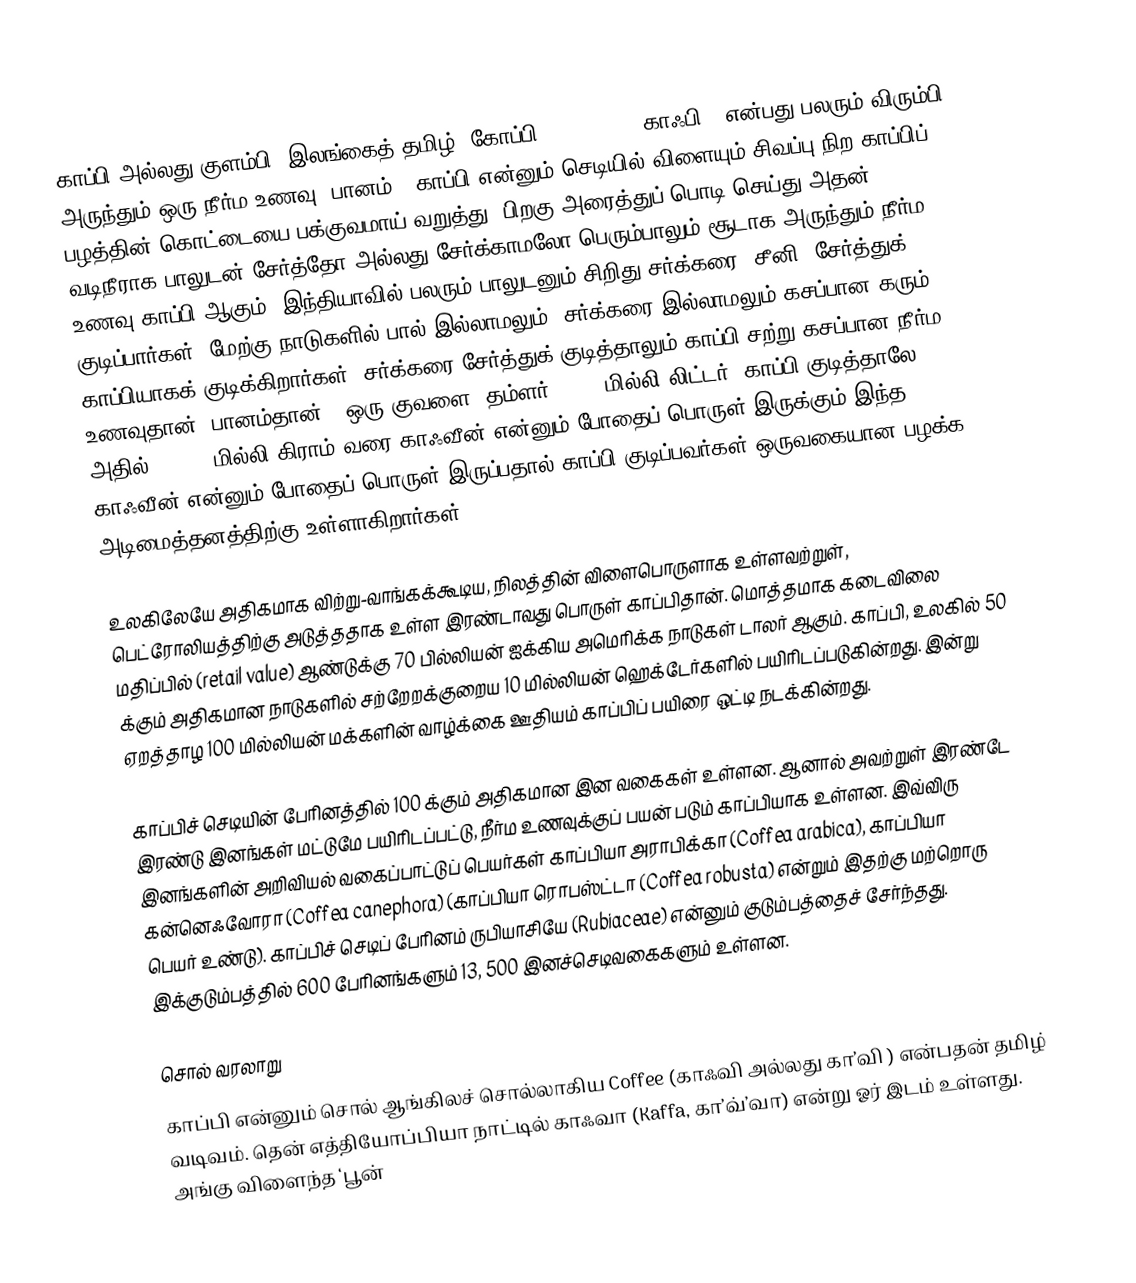
காப்பி அல்லது குளம்பி (இலங்கைத் தமிழ்: கோப்பி) (en:Coffee(காஃபி)) என்பது பலரும் விரும்பி அருந்தும் ஒரு நீர்ம உணவு (பானம்). காப்பி என்னும் செடியில் விளையும் சிவப்பு நிற காப்பிப் பழத்தின் கொட்டையை பக்குவமாய் வறுத்து, பிறகு அரைத்துப் பொடி செய்து அதன் வடிநீராக பாலுடன் சேர்த்தோ அல்லது சேர்க்காமலோ பெரும்பாலும் சூடாக அருந்தும் நீர்ம உணவு காப்பி ஆகும். இந்தியாவில் பலரும் பாலுடனும் சிறிது சர்க்கரை (சீனி) சேர்த்துக் குடிப்பார்கள். மேற்கு நாடுகளில் பால் இல்லாமலும், சர்க்கரை இல்லாமலும் கசப்பான கரும் காப்பியாகக் குடிக்கிறார்கள். சர்க்கரை சேர்த்துக் குடித்தாலும் காப்பி சற்று கசப்பான நீர்ம உணவுதான் (பானம்தான்). ஒரு குவளை (தம்ளர்) (200 மில்லி லிட்டர்) காப்பி குடித்தாலே அதில் 80-140 மில்லி கிராம் வரை காஃவீன் என்னும் போதைப் பொருள் இருக்கும்  இந்த காஃவீன் என்னும் போதைப் பொருள் இருப்பதால் காப்பி குடிப்பவர்கள் ஒருவகையான பழக்க அடிமைத்தனத்திற்கு உள்ளாகிறார்கள்

உலகிலேயே அதிகமாக விற்று-வாங்கக்கூடிய, நிலத்தின் விளைபொருளாக உள்ளவற்றுள், பெட்ரோலியத்திற்கு அடுத்ததாக உள்ள இரண்டாவது பொருள் காப்பிதான். மொத்தமாக கடைவிலை மதிப்பில் (retail value) ஆண்டுக்கு 70 பில்லியன் ஐக்கிய அமெரிக்க நாடுகள் டாலர் ஆகும். காப்பி, உலகில் 50 க்கும் அதிகமான நாடுகளில் சற்றேறக்குறைய 10 மில்லியன் ஹெக்டேர்களில் பயிரிடப்படுகின்றது. இன்று ஏறத்தாழ 100 மில்லியன் மக்களின் வாழ்க்கை ஊதியம் காப்பிப் பயிரை ஒட்டி நடக்கின்றது.

காப்பிச் செடியின் பேரினத்தில் 100 க்கும் அதிகமான இன வகைகள்  உள்ளன. ஆனால் அவற்றுள் இரண்டே இரண்டு இனங்கள் மட்டுமே பயிரிடப்பட்டு, நீர்ம உணவுக்குப் பயன் படும் காப்பியாக உள்ளன. இவ்விரு இனங்களின் அறிவியல் வகைப்பாட்டுப் பெயர்கள் காப்பியா அராபிக்கா (Coffea arabica), காப்பியா கன்னெஃவோரா (Coffea canephora) (காப்பியா ரொபஸ்ட்டா (Coffea robusta) என்றும் இதற்கு மற்றொரு பெயர் உண்டு). காப்பிச் செடிப் பேரினம் ருபியாசியே (Rubiaceae) என்னும் குடும்பத்தைச் சேர்ந்தது. இக்குடும்பத்தில் 600 பேரினங்களும் 13, 500 இனச்செடிவகைகளும் உள்ளன.

சொல் வரலாறு
காப்பி என்னும் சொல் ஆங்கிலச் சொல்லாகிய Coffee (காஃவி அல்லது கா’வி ) என்பதன் தமிழ் வடிவம். தென் எத்தியோப்பியா நாட்டில் காஃவா (Kaffa, கா’வ்’வா) என்று ஓர் இடம் உள்ளது. அங்கு விளைந்த  ‘பூன்